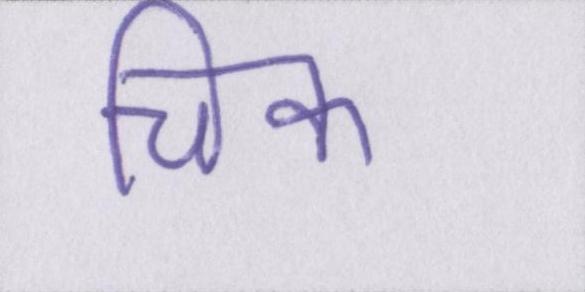
चिक